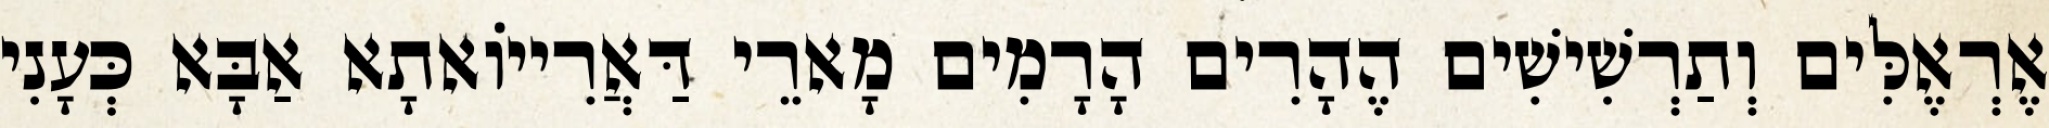
אֶרְאֶלִּים וְתַרְשִׁישִׁים הֶהָרִים הָרָמִים מָארֵי דַּאֲרִייוֹאתָא אַבָּא כְּעָנִי